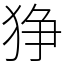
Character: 狰